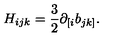
H _ { i j k } = \frac { 3 } { 2 } \partial _ { [ i } b _ { j k ] } .